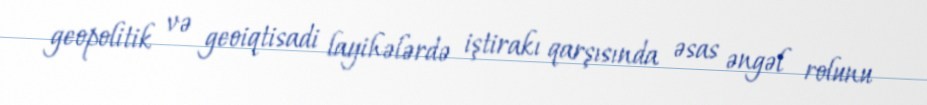
geopolitik və geoiqtisadi layihələrdə iştirakı qarşısında əsas əngəl rolunu